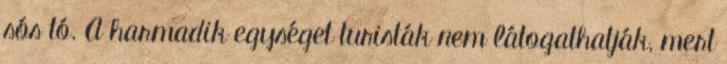
sós tó. A harmadik egységet turisták nem látogathatják, mert